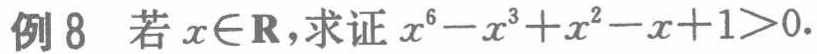
例 8 若 \(x\in\mathbf{R}\)，求证 \(x^{6}-x^{3}+x^{2}-x + 1>0\)。